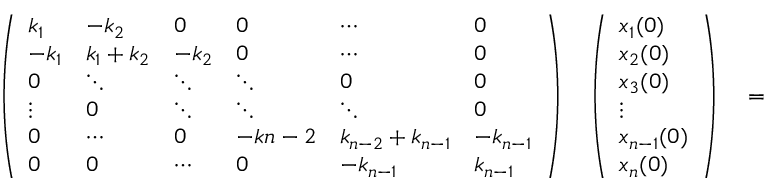
\begin{array} { r l r } { \left( \begin{array} { l l l l l l } { k _ { 1 } } & { - k _ { 2 } } & { 0 } & { 0 } & { \cdots } & { 0 } \\ { - k _ { 1 } } & { k _ { 1 } + k _ { 2 } } & { - k _ { 2 } } & { 0 } & { \cdots } & { 0 } \\ { 0 } & { \ddots } & { \ddots } & { \ddots } & { 0 } & { 0 } \\ { \vdots } & { 0 } & { \ddots } & { \ddots } & { \ddots } & { 0 } \\ { 0 } & { \cdots } & { 0 } & { - k { n - 2 } } & { k _ { n - 2 } + k _ { n - 1 } } & { - k _ { n - 1 } } \\ { 0 } & { 0 } & { \cdots } & { 0 } & { - k _ { n - 1 } } & { k _ { n - 1 } } \end{array} \right) \quad \left( \begin{array} { l } { x _ { 1 } ( 0 ) } \\ { x _ { 2 } ( 0 ) } \\ { x _ { 3 } ( 0 ) } \\ { \vdots } \\ { x _ { n - 1 } ( 0 ) } \\ { x _ { n } ( 0 ) } \end{array} \right) } & { { } = } & { \left( \begin{array} { l } { ( \sum _ { j = 2 } ^ { n } m _ { j } ) g } \\ { m _ { 2 } g } \\ { m _ { 3 } g } \\ { \vdots } \\ { m _ { n - 1 } g } \\ { m _ { n } g } \end{array} \right) } \end{array}